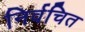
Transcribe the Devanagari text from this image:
निर्वचित